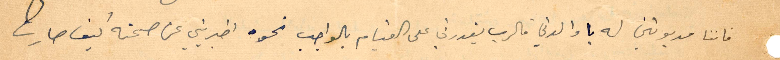
فاننا مديون له يا والدتي فالرب يقدرني على القيام بالواجب نحوه اخبرني عن صحته كيف صارت